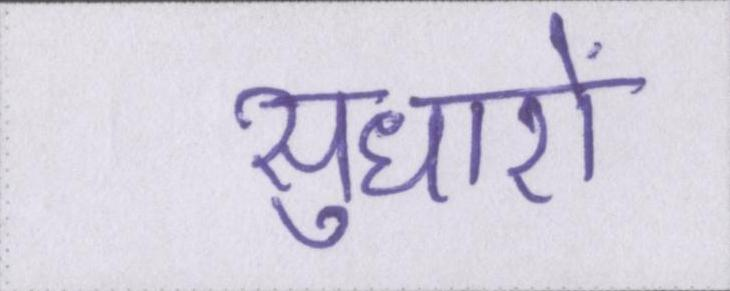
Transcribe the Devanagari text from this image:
सुधारों